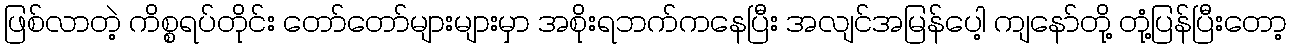
ဖြစ်လာတဲ့ ကိစ္စရပ်တိုင်း တော်တော်များများမှာ အစိုးရဘက်ကနေပြီး အလျင်အမြန်ပေါ့ ကျနော်တို့ တုံ့ပြန်ပြီးတော့